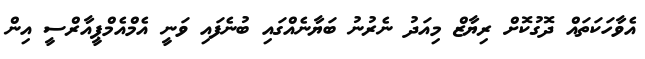
އެވާހަކަތައް ދޮގުކޮށް ރިޔާޒް މިއަދު ނެރުނު ބަޔާނެއްގައި ބުނެފައި ވަނީ އެމްއެމްޕީއާރްސީ އިން